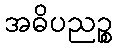
အဓိပညဉ္စ